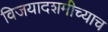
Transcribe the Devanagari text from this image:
विजयादशमीच्याच